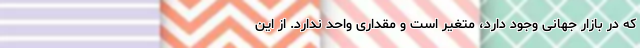
که در بازار جهانی وجود دارد، متغیر است و مقداری واحد ندارد. از این